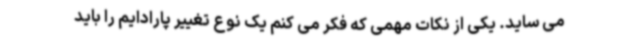
می ساید. یکی از نکات مهمی که فکر می کنم یک نوع تغییر پارادایم را باید